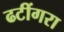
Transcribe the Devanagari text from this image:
ढटींगरा